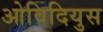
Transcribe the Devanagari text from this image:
ओविदियुस